system: You are a helpful assistant.
user:
Analyze the provided spectrum to determine if it is a **White Dwarf (WD)**.

A White Dwarf spectrum is defined by its **extreme purity** (due to gravitational settling) and/or **extreme pressure broadening** (due to high surface gravity). You must check for one of the following mutually exclusive signatures:

- **Key Visual Indicators (Check for ONE of these types):**

    - **1. DA-Type Signature (Most Common):**
        - **(Primary Feature):** Extreme pressure broadening (Stark broadening) of the **Hydrogen (H) Balmer lines**.
        - **(Key Lines):** $H\beta$ (approx. $4861$ Å) and $H\gamma$ (approx. $4340$ Å). $H\alpha$ (approx. $6563$ Å) will also be present if the wavelength range covers it.
        - **(Line Profile):** This is the **defining feature**. The lines are **NOT** sharp. They appear as massive, **extremely broad and deep "troughs" or "dips"** in the spectrum, often hundreds of Ångströms wide. The continuum will appear to "scoop" down at these wavelengths.
        - **(Distinction):** Normal A-type or B-type stars have *narrow* and *sharp* Hydrogen lines. A DA White Dwarf's lines are unmistakably "smeared" or "blurry" from pressure.

    - **2. DB-Type Signature:**
        - **(Primary Feature):** Broad absorption lines from **Neutral Helium (He I)**. The spectrum must lack any visible Hydrogen lines.
        - **(Key Lines):** Look for broad absorption near $4471$ Å, $4921$ Å, and $5876$ Å.
        - **(Line Profile):** These lines are also significantly pressure-broadened, appearing much wider than they would in a normal B-type main-sequence star.

    - **3. DC-Type Signature:**
        - **(Primary Feature):** A **featureless continuous spectrum**.
        - **(Line Profile):** The spectrum is a smooth curve with **no significant absorption or emission lines**.
        - **(Key Confirmation):** The continuum is almost always **blue or white**, indicating a hot object. This signature implies the atmosphere is so pure (or so cool) that no spectral lines are visible in the optical range. Its WD identity is confirmed by its extremely low intrinsic brightness (high absolute magnitude).

    - **4. DZ-Type Signature (Metal-Polluted):**
        - **(Primary Feature):** **Isolated, narrow metal absorption lines** on an otherwise featureless (DC-like) continuum.
        - **(Key Lines):** The **Calcium (Ca II) H & K doublet** (approx. **$3934$ Å** and **$3968$ Å**) is the most common and defining feature.
        - **(Line Profile):** These lines are "out of place." They are *not* part of a "forest" of thousands of lines. This signature is evidence of recent *accretion* (pollution) from rocky debris.
        - **(Distinction):** Normal G/K/M stars have a *dense forest* of thousands of metal lines. A DZ has a *clean* continuum with *only a few* strong metal lines.

    - **5. DQ-Type Signature (Carbon-Polluted):**
        - **(Primary Feature):** Absorption bands from **Carbon (C₂ "Swan Bands" or atomic C I)**.
        - **(Key Lines - C₂):** Look for bandheads with a "saw-tooth" shape near $5635$ Å, **$5165$ Å** (strongest), and $4737$ Å.
        - **(Key Confirmation):** The underlying **continuum must be blue or white** (hot).
        - **(Distinction):** This is the critical difference from a **Carbon Star**, which has the *exact same* C₂ bands but on an extremely **red, cool** continuum.

- **(Overall Spectrum):**
    - The continuum (overall shape) is typically **blue-sloping** (brighter in the blue than the red), as most white dwarfs are very hot.
    - The spectrum will look "pure" or "simple," dominated by only *one* of the five signatures listed above.

Think first, call **spectral_visualization_tool** if needed to examine features in detail, then provide your final answer. Your response must adhere to the following strict rules:
1.  **Overall Structure:** Your response must follow the format `<think>...</think> <tool_call>...</tool_call> (if a tool is used) <answer>...</answer>`.
2.  **Tool Usage Constraint:** You may only make **one** tool call per turn.
3.  **Final Answer Format:** In the `<answer>` tag, your conclusion must be inside a `\boxed{}` command (e.g., `\boxed{YES}` or `\boxed{NO}`), followed by your justification.

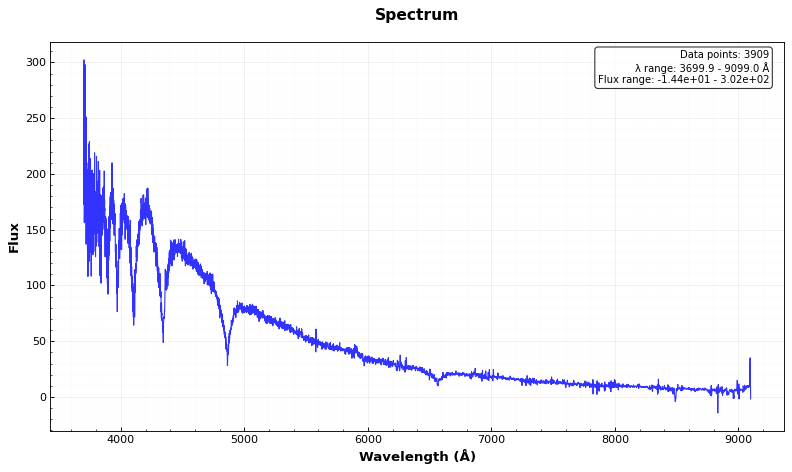
Answer: YES